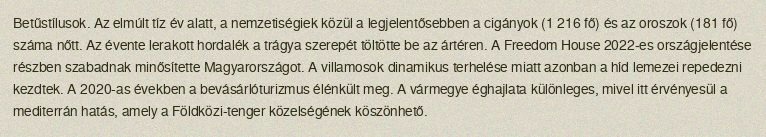
Betűstílusok. Az elmúlt tíz év alatt, a nemzetiségiek közül a legjelentősebben a cigányok (1 216 fő) és az oroszok (181 fő) száma nőtt. Az évente lerakott hordalék a trágya szerepét töltötte be az ártéren. A Freedom House 2022-es országjelentése részben szabadnak minősítette Magyarországot. A villamosok dinamikus terhelése miatt azonban a híd lemezei repedezni kezdtek. A 2020-as években a bevásárlóturizmus élénkült meg. A vármegye éghajlata különleges, mivel itt érvényesül a mediterrán hatás, amely a Földközi-tenger közelségének köszönhető.